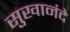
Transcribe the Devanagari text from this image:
सुखानंदे